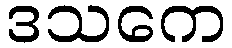
ဒသကေ